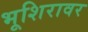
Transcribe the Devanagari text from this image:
भूशिरावर